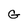
Character: G